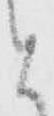
と